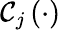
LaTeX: \mathcal{C}_{j}\left(\cdot\right)